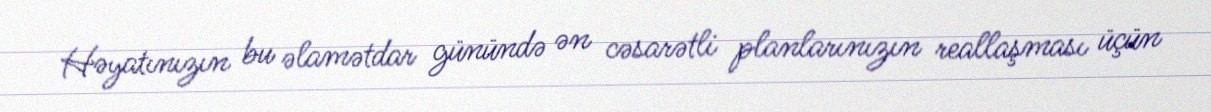
Həyatınızın bu əlamətdar günündə ən cəsarətli planlarınızın reallaşması üçün